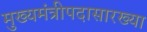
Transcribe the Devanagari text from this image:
मुख्यमंत्रीपदासारख्या